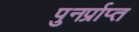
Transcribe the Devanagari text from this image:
पुनर्प्राप्‍त